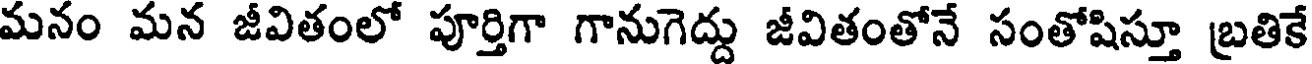
మనం మన జీవితంలో పూర్తిగా గానుగెద్దు జీవితంతోనే సంతోషిస్తూ బ్రతికే